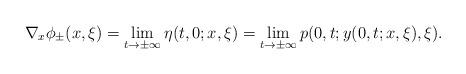
LaTeX: \begin{align*}\nabla_x \phi_\pm(x,\xi)=\lim_{t\to\pm\infty} \eta(t,0;x,\xi)=\lim_{t\to\pm\infty} p(0,t;y(0,t;x,\xi),\xi) .\end{align*}